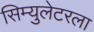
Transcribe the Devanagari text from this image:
सिम्युलेटरला